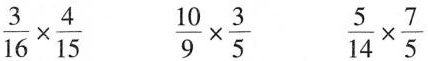
$$ \frac{3}{16} \times \frac{4}{15} $$ $$ \frac{5}{14} \times \frac{7}{5} $$ $$ \frac{10}{9} \times \frac{3}{5} $$